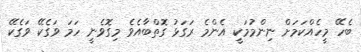
ބެހޭ މީހެއްކަމަށް ނިންމުމަކީ އެންމެ ރަގަޅު ގޮތްބާއެވެ މިގޮވެނީ ހަމަ ވަގެކޭ ވަގެކޭ